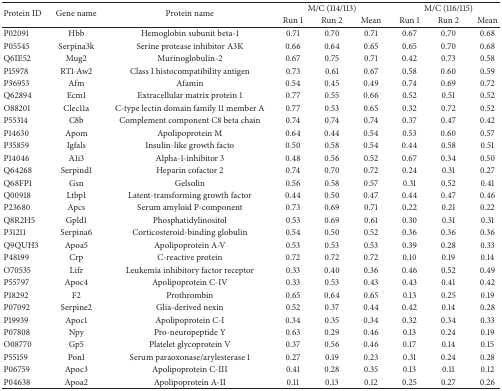
<table><thead><tr><td rowspan="2"><b>Protein ID</b></td><td rowspan="2"><b>Gene name</b></td><td rowspan="2"><b>Protein name</b></td><td colspan="3"><b>M/C (114/113)</b></td><td colspan="3"><b>M/C (116/115)</b></td></tr><tr><td><b>Run 1</b></td><td><b>Run 2</b></td><td><b>Mean</b></td><td><b>Run 1</b></td><td><b>Run 2</b></td><td><b>Mean</b></td></tr></thead><tbody><tr><td>P02091</td><td>Hbb</td><td>Hemoglobin subunit beta-1</td><td>0.71</td><td>0.70</td><td>0.71</td><td>0.67</td><td>0.70</td><td>0.68</td></tr><tr><td>P05545</td><td>Serpina3k</td><td>Serine protease inhibitor A3K</td><td>0.66</td><td>0.64</td><td>0.65</td><td>0.65</td><td>0.70</td><td>0.68</td></tr><tr><td>Q6IE52</td><td>Mug2</td><td>Murinoglobulin-2</td><td>0.67</td><td>0.75</td><td>0.71</td><td>0.42</td><td>0.73</td><td>0.58</td></tr><tr><td>P15978</td><td>RT1-Aw2</td><td>Class I histocompatibility antigen</td><td>0.73</td><td>0.61</td><td>0.67</td><td>0.58</td><td>0.60</td><td>0.59</td></tr><tr><td>P36953</td><td>Afm</td><td>Afamin</td><td>0.54</td><td>0.45</td><td>0.49</td><td>0.74</td><td>0.69</td><td>0.72</td></tr><tr><td>Q62894</td><td>Ecm1</td><td>Extracellular matrix protein 1</td><td>0.77</td><td>0.55</td><td>0.66</td><td>0.52</td><td>0.51</td><td>0.52</td></tr><tr><td>O88201</td><td>Clec11a</td><td>C-type lectin domain family 11 member A</td><td>0.77</td><td>0.53</td><td>0.65</td><td>0.32</td><td>0.72</td><td>0.52</td></tr><tr><td>P55314</td><td>C8b</td><td>Complement component C8 beta chain</td><td>0.74</td><td>0.74</td><td>0.74</td><td>0.37</td><td>0.47</td><td>0.42</td></tr><tr><td>P14630</td><td>Apom</td><td>Apolipoprotein M</td><td>0.64</td><td>0.44</td><td>0.54</td><td>0.53</td><td>0.60</td><td>0.57</td></tr><tr><td>P35859</td><td>Igfals</td><td>Insulin-like growth facto</td><td>0.50</td><td>0.58</td><td>0.54</td><td>0.44</td><td>0.58</td><td>0.51</td></tr><tr><td>P14046</td><td>A1i3</td><td>Alpha-1-inhibitor 3</td><td>0.48</td><td>0.56</td><td>0.52</td><td>0.67</td><td>0.34</td><td>0.50</td></tr><tr><td>Q64268</td><td>Serpind1</td><td>Heparin cofactor 2</td><td>0.74</td><td>0.70</td><td>0.72</td><td>0.24</td><td>0.31</td><td>0.27</td></tr><tr><td>Q68FP1</td><td>Gsn</td><td>Gelsolin</td><td>0.56</td><td>0.58</td><td>0.57</td><td>0.31</td><td>0.52</td><td>0.41</td></tr><tr><td>Q00918</td><td>Ltbp1</td><td>Latent-transforming growth factor</td><td>0.44</td><td>0.50</td><td>0.47</td><td>0.44</td><td>0.47</td><td>0.46</td></tr><tr><td>P23680</td><td>Apcs</td><td>Serum amyloid P-component</td><td>0.73</td><td>0.69</td><td>0.71</td><td>0.22</td><td>0.21</td><td>0.22</td></tr><tr><td>Q8R2H5</td><td>Gpld1</td><td>Phosphatidylinositol</td><td>0.53</td><td>0.69</td><td>0.61</td><td>0.30</td><td>0.31</td><td>0.31</td></tr><tr><td>P31211</td><td>Serpina6</td><td>Corticosteroid-binding globulin</td><td>0.54</td><td>0.50</td><td>0.52</td><td>0.36</td><td>0.36</td><td>0.36</td></tr><tr><td>Q9QUH3</td><td>Apoa5</td><td>Apolipoprotein A-V</td><td>0.53</td><td>0.53</td><td>0.53</td><td>0.39</td><td>0.28</td><td>0.33</td></tr><tr><td>P48199</td><td>Crp</td><td>C-reactive protein</td><td>0.72</td><td>0.72</td><td>0.72</td><td>0.10</td><td>0.19</td><td>0.14</td></tr><tr><td>O70535</td><td>Lifr</td><td>Leukemia inhibitory factor receptor</td><td>0.33</td><td>0.40</td><td>0.36</td><td>0.46</td><td>0.52</td><td>0.49</td></tr><tr><td>P55797</td><td>Apoc4</td><td>Apolipoprotein C-IV</td><td>0.33</td><td>0.53</td><td>0.43</td><td>0.43</td><td>0.41</td><td>0.42</td></tr><tr><td>P18292</td><td>F2</td><td>Prothrombin</td><td>0.65</td><td>0.64</td><td>0.65</td><td>0.13</td><td>0.25</td><td>0.19</td></tr><tr><td>P07092</td><td>Serpine2</td><td>Glia-derived nexin</td><td>0.52</td><td>0.37</td><td>0.44</td><td>0.42</td><td>0.14</td><td>0.28</td></tr><tr><td>P19939</td><td>Apoc1</td><td>Apolipoprotein C-I</td><td>0.34</td><td>0.35</td><td>0.34</td><td>0.32</td><td>0.34</td><td>0.33</td></tr><tr><td>P07808</td><td>Npy</td><td>Pro-neuropeptide Y</td><td>0.63</td><td>0.29</td><td>0.46</td><td>0.13</td><td>0.24</td><td>0.19</td></tr><tr><td>O08770</td><td>Gp5</td><td>Platelet glycoprotein V</td><td>0.37</td><td>0.56</td><td>0.46</td><td>0.17</td><td>0.14</td><td>0.15</td></tr><tr><td>P55159</td><td>Pon1</td><td>Serum paraoxonase/arylesterase 1</td><td>0.27</td><td>0.19</td><td>0.23</td><td>0.31</td><td>0.24</td><td>0.28</td></tr><tr><td>P06759</td><td>Apoc3</td><td>Apolipoprotein C-III</td><td>0.41</td><td>0.28</td><td>0.35</td><td>0.13</td><td>0.11</td><td>0.12</td></tr><tr><td>P04638</td><td>Apoa2</td><td>Apolipoprotein A-II</td><td>0.11</td><td>0.13</td><td>0.12</td><td>0.25</td><td>0.27</td><td>0.26</td></tr></tbody></table>